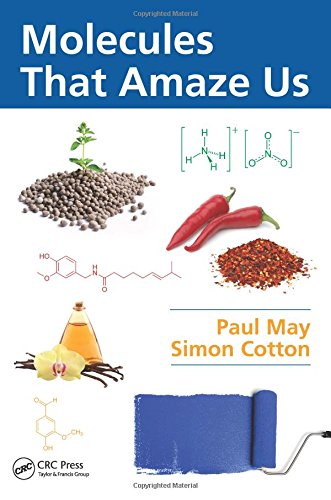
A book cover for Molecules That Amaze Us; Paul May; Humor & Entertainment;